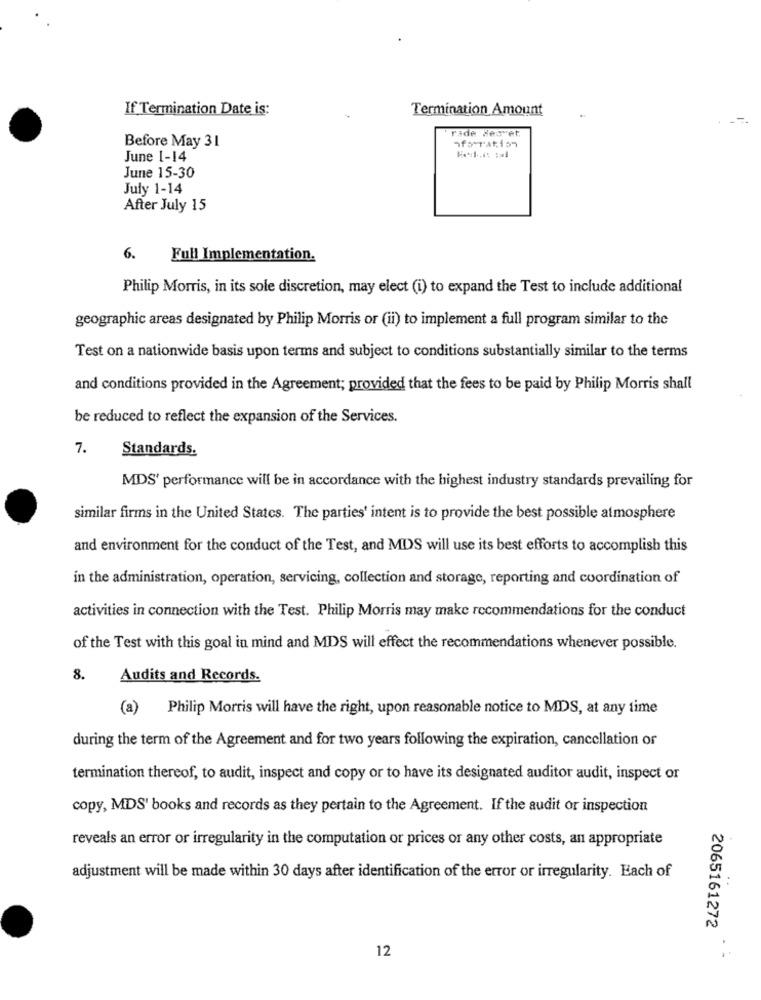
If Termination Date is:
Termination Amount
ride Hesvet
Before May 31
"forration
June 1-14
June 15-30
July 1-14
After July 15
6.
Full Implementation.
Philip Morris, in its sole discretion, may elect (i) to expand the Test to include additional
geographic areas designated by Philip Morris or (ii) to implement a full program similar to the
Test on a nationwide basis upon terms and subject to conditions substantially similar to the terms
and conditions provided in the Agreement; provided that the fees to be paid by Philip Morris shall
be reduced to reflect the expansion of the Services.
7.
Standards.
MDS' performance will be in accordance with the highest industry standards prevailing for
similar firms in the United States. The parties' intent is to provide the best possible atmosphere
and environment for the conduct of the Test, and MDS will use its best efforts to accomplish this
in the administration, operation, servicing, collection and storage, reporting and coordination of
activities in connection with the Test. Philip Morris may make recommendations for the conduct
of the Test with this goal in mind and MDS will effect the recommendations whenever possible.
8.
Audits and Records.
(a) Philip Morris will have the right, upon reasonable notice to MDS, at any time
during the term of the Agreement and for two years following the expiration, cancellation or
termination thereof, to audit, inspect and copy or to have its designated auditor audit, inspect or
copy, MDS' books and records as they pertain to the Agreement. If the audit or inspection
reveals an error or irregularity in the computation or prices or any other costs, an appropriate
adjustment will be made within 30 days after identification of the error or irregularity. Each of
2065161272
12
.-